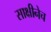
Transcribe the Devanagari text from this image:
साक्षीनेच